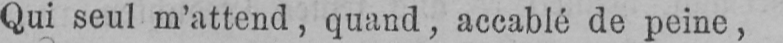
Qui seul m’attend, quand, accablé de peine,